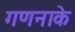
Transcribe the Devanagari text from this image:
गणनाके